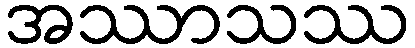
အဿာသဿ